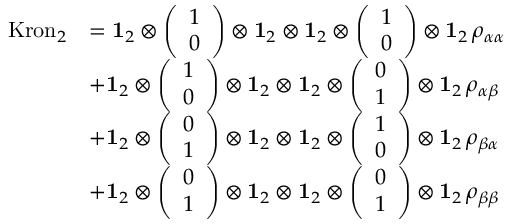
\begin{array} { r l } { \mathrm { K r o n } _ { 2 } } & { = \mathbf { 1 } _ { 2 } \otimes \left( \begin{array} { l } { 1 } \\ { 0 } \end{array} \right) \otimes \mathbf { 1 } _ { 2 } \otimes \mathbf { 1 } _ { 2 } \otimes \left( \begin{array} { l } { 1 } \\ { 0 } \end{array} \right) \otimes \mathbf { 1 } _ { 2 } \, \rho _ { \alpha \alpha } } \\ & { + \mathbf { 1 } _ { 2 } \otimes \left( \begin{array} { l } { 1 } \\ { 0 } \end{array} \right) \otimes \mathbf { 1 } _ { 2 } \otimes \mathbf { 1 } _ { 2 } \otimes \left( \begin{array} { l } { 0 } \\ { 1 } \end{array} \right) \otimes \mathbf { 1 } _ { 2 } \, \rho _ { \alpha \beta } } \\ & { + \mathbf { 1 } _ { 2 } \otimes \left( \begin{array} { l } { 0 } \\ { 1 } \end{array} \right) \otimes \mathbf { 1 } _ { 2 } \otimes \mathbf { 1 } _ { 2 } \otimes \left( \begin{array} { l } { 1 } \\ { 0 } \end{array} \right) \otimes \mathbf { 1 } _ { 2 } \, \rho _ { \beta \alpha } } \\ & { + \mathbf { 1 } _ { 2 } \otimes \left( \begin{array} { l } { 0 } \\ { 1 } \end{array} \right) \otimes \mathbf { 1 } _ { 2 } \otimes \mathbf { 1 } _ { 2 } \otimes \left( \begin{array} { l } { 0 } \\ { 1 } \end{array} \right) \otimes \mathbf { 1 } _ { 2 } \, \rho _ { \beta \beta } } \end{array}